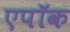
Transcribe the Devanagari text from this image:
एपॉक